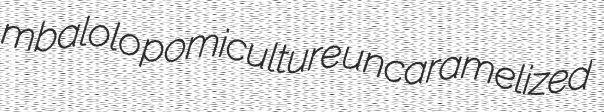
mbalolo pomiculture uncaramelized